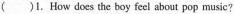
( )1.How does the boy feel about pop musie?